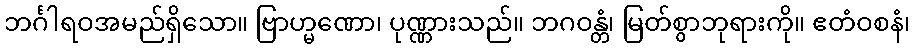
ဘင်္ဂါရဝအမည်ရှိသော။ ဗြာဟ္မဏော၊ ပုဏ္ဏားသည်။ ဘဂဝန္တံ၊ မြတ်စွာဘုရားကို။ ဧတံဝစနံ၊